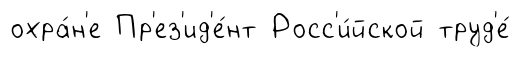
охра́н'е Пр'ез'ид'е́нт Росс'и́йской труд'е́